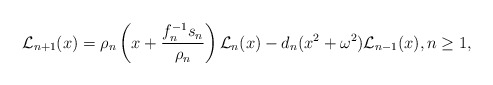
\begin{align*}\mathcal{L}_{n+1}(x)=\rho_n\left(x+\dfrac{f_n^{-1}s_n}{\rho_n}\right)\mathcal{L}_n(x)-d_n(x^2+\omega^2)\mathcal{L}_{n-1}(x), n\geq 1,\end{align*}